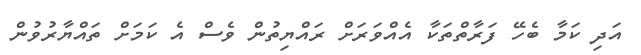
އަދި ކަމާ ބެހޭ ފަރާތްތަކާ އެއްވަރަށް ރައްޔިތުން ވެސް އެ ކަމަށް ތައްޔާރުވުން